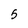
Character: 5